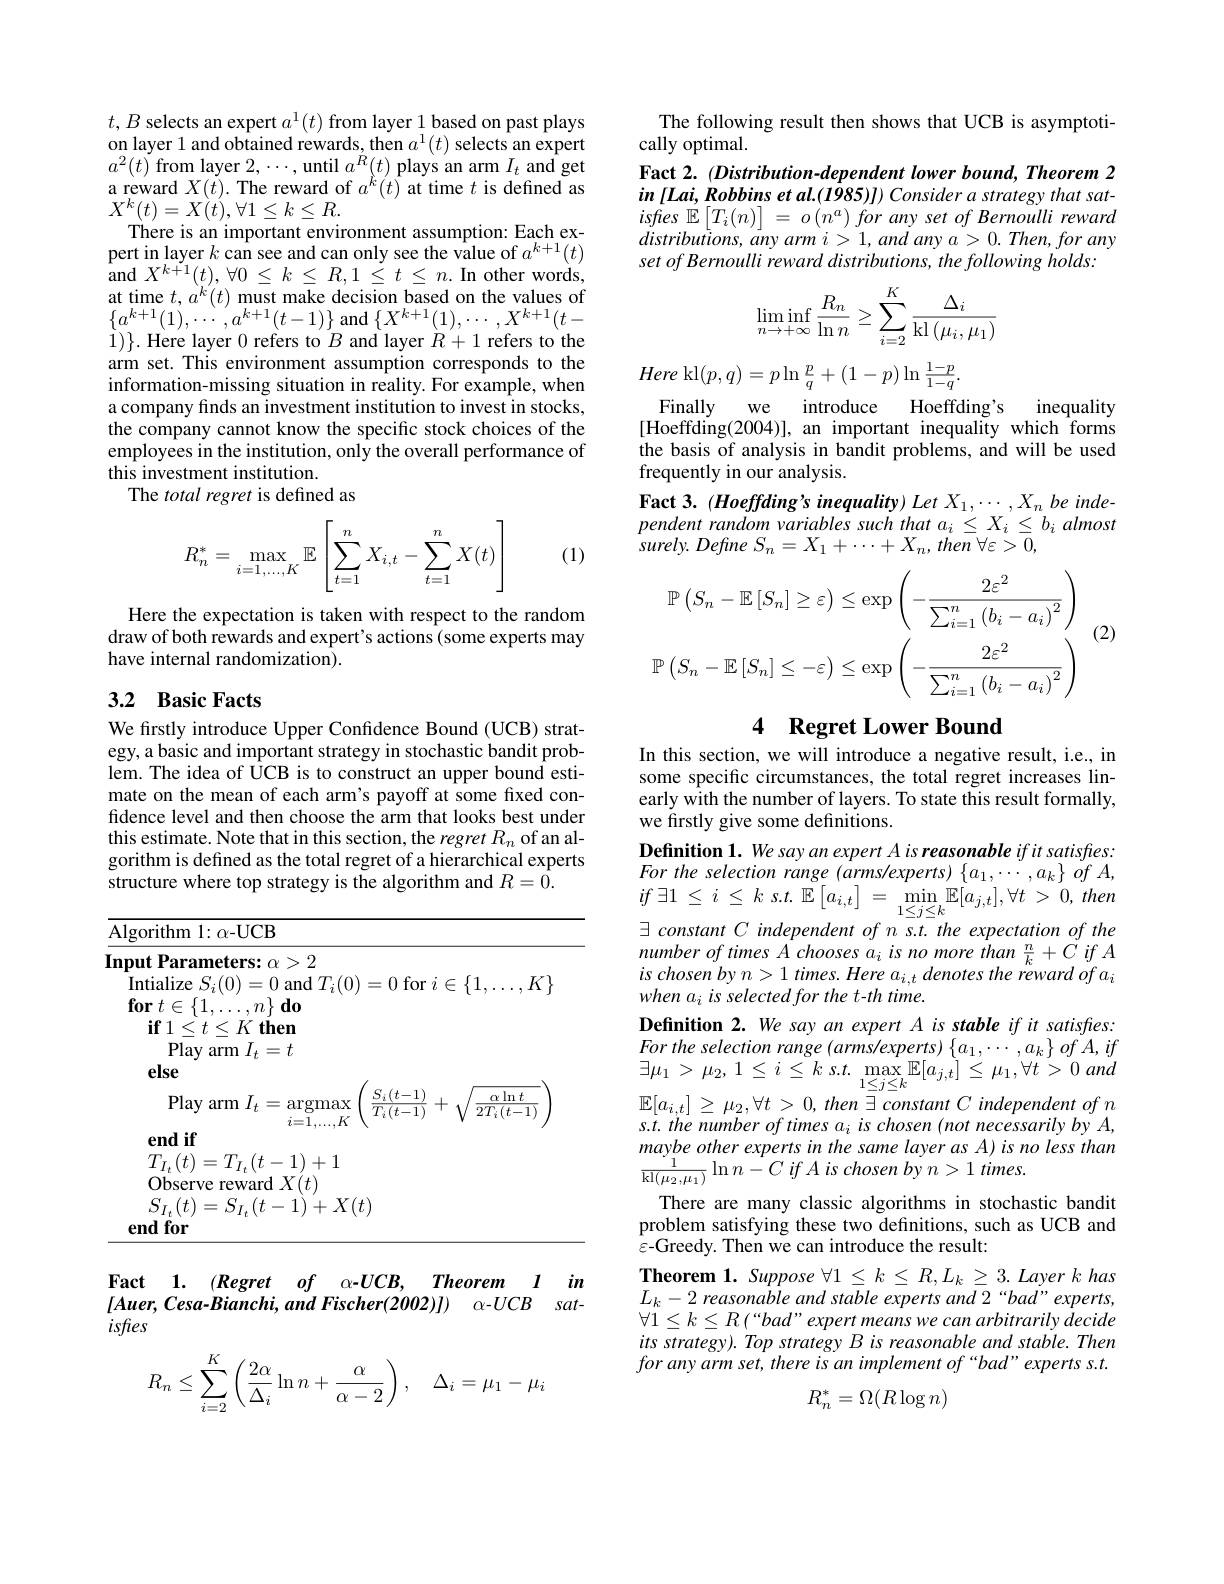
$t,B$ selects an expert $a^1(t)$ from layer 1 based on past plays on layer 1 and obtained rewards, then $a^1(t)$ selects an expert $a^2(t)$ from layer $2,\cdots$,until $a^R(t)$ plays an arm $I_t$ and get a reward $X(t).$ The reward of $a^k(t)$ at time $t$ is defined as $X^{k}(t)=X(t),\forall1\leq k\leq R.$
There is an important environment assumption: Each expert in layer $k$ can see and can only see the value of $a^k+1(t)$ and $X^{k+1}(t),\forall0\leq k\leq R,1\leq t\leq n.$ In other words, at time $t,a^{^{\prime}}(t)$ must make decision based on the values of $\{a^{k+1}(1),\cdots,a^{k+1}(t-1)\}$ and$\left\{X^{k+1}(1),\cdots,X^{k+1}(t-1)\right.$ $1)\}.$ Here layer 0 refers to $B$ and layer $R+1$ refers to the arm set. This environment assumption corresponds to the information-missing situation in reality. For example, when a company finds an investment institution to invest in stocks, the company cannot know the specific stock choices of the employees in the institution, only the overall performance of this investment institution.
The total regret is defined as
$$R_n^*=\max\limits_{i=1,...,K}\mathbb{E}\left[\sum\limits_{t=1}^nX_{i,t}-\sum\limits_{t=1}^nX(t)\right]$$
(1)

Here the expectation is taken with respect to the random draw of both rewards and expert's actions (some experts may have internal randomization).

## 3.2 Basic Facts

We firstly introduce Upper Confidence Bound (UCB) strategy, a basic and important strategy in stochastic bandit problem. The idea of UCB is to construct an upper bound estimate on the mean of each arm's payoff at some fixed confidence level and then choose the arm that looks best under this estimate. Note that in this section, the $regretR_n$ of an algorithm is defined as the total regret of a hierarchical experts structure where top strategy is the algorithm and $R=\hat{0}.$

<table>
	<tbody>
		<tr>
			<td>${\mathrm{Algorithm~1:\alpha-UCB}}$</td>
			<td> </td>
		</tr>
	</tbody>
</table>

Fact 1. (Regret of α-UCB, Theorem I in $[ Auer, Cesa- Bianchi, andFischer( 2002) ] )$ $\alpha - UCB$ $sat-$ isfies
$$\begin{aligned}R_n\leq\sum_{i=2}^K\left(\frac{2\alpha}{\Delta_i}\ln n+\frac{\alpha}{\alpha-2}\right),\quad\Delta_i=\mu_1-\mu_i\end{aligned}$$
The following result then shows that UCB is asymptoti-
cally optimal.
Fact 2. (Distribution-dependent lower bound, Theorem 2 in [Lai, Robbins et al.(1985)]) Consider a strategy that satisfies $\overset {\mathrm{d} }{\operatorname* { \mathbb{E} } }\left [ T_{i}( n) \right ]$ = $o\left ( n^{a}\right )$ for any set $of$ Bernoulli reward $distributions,\tilde{a}nyarmi>1,andanya>0.Then,forany$ set of Bernoulli reward distributions, the following holds:
$$\begin{aligned}\lim_{n\to+\infty}\inf\frac{R_n}{\ln n}\geq\sum_{i=2}^K\frac{\Delta_i}{\operatorname{kl}\left(\mu_i,\mu_1\right)}\end{aligned}$$
Here $\ker ( p, q) = p\ln \frac pq+ ( 1- p) \ln \frac {1- p}{1- q}.$
Finally
we introduce
Hoeffding's
inequality
$[\ddot{\text{Hoeffding}}(2004)]$, an important inequality which forms the basis of analysis in bandit problems, and will be used frequently in our analysis.
Fact 3. (Hoeffding's inequality) Let $X_1,\cdots,X_n$ be inde- $pendentrandomvariablessuchthata_{i}\leq X_{i}\leq b_{i}almost$ $surely. Define$ $S_{n}= X_{1}+ \cdots + X_{n}, then$ $\forall \varepsilon > 0$,

(2)
$$\mathbb{P}\left(S_{n}-\mathbb{E}\left[S_{n}\right]\geq\varepsilon\right)\leq\exp\left(-\frac{2\varepsilon^{2}}{\sum_{i=1}^{n}\left(b_{i}-a_{i}\right)^{2}}\right)\\\mathbb{P}\left(S_{n}-\mathbb{E}\left[S_{n}\right]\leq-\varepsilon\right)\leq\exp\left(-\frac{2\varepsilon^{2}}{\sum_{i=1}^{n}\left(b_{i}-a_{i}\right)^{2}}\right)$$
### 4 Regret Lower Bound

In this section, we will introduce a negative result, i.e., in some specific circumstances, the total regret increases linearly with the number of layers. To state this result formally, we firstly give some definitions.
Definition 1. We say an expert A is reasonable if it satisfres: For the selection range (arms/experts) $\{a_1,\cdots,a_k\}$ of $A$, $if$ $\exists 1$ $\leq$ $i$ $\leq$ $k$ $s. t.$ $\mathbb{E}$ $[ a_{i, t}]$ = $\min _{1\leq j\leq k}\mathbb{E} [ a_{j, t}] , \forall t$ > 0, then $\exists constantCindependentofns.t.theexpectationofthe$ $numberoftimesAchoosesa_{i}isnomorethan\frac{n}{k}+CifA$ $is\textit{chosen by n}> 1$ times. Here $a_i,t\textit{denotes the reward of a}_i$ when ais selected for the t-th time.
Definition 2. We say an expert A is stable if it satisfies: $Fortheselectionrange\left(arms/experts\right)\left\{a_{1},\cdots,a_{k}\right\}ofA,if$ $\exists \mu _{1}> \mu _{2}$, $1\leq$ $i\leq$ $k$ $s. t.$ $\max _{1\leq j\leq k}$ $\mathbb{E} [ a_{j, t}] \leq$ $\mu _{1}, \forall t> 0$ and $\mathbb{E}[a_{i,t}]\geq\mu_{2},\forall t>0,then\stackrel{-}{\exists}constant~C~independent~of~n$ s.t. the number of times a¿ is chosen (not necessarily by A, maybe other experts in the same layer as A) is no less than $\frac 1{\mathrm{kl}( \mu _{2}, \mu _{1}) }\ln n- C$ $if$ $A$ $is$ chosen $by$ $n> 1$ $times.$
There are many classic algorithms in stochastic bandit problem satisfying these two definitions, such as UCB and $\varepsilon$-Greedy. Then we can introduce the result:
Theorem 1. Suppose $\forall 1\leq k\leq R, L_{k}\geq 3. \textit{Layer k has}$ $L_{k}- 2\textit{ reasonable and stable experts and 2“ bad” experts, }$ $\forall1\leq k\leq R\left(“bad”expert\:means\:we\:can\:arbitrarily\:decide\right.$ its strategy). Top strategy B is reasonable and stable. Then for any arm set, there is an implement of “bad” experts s.t.
$$R_n^*=\Omega(R\log n)$$